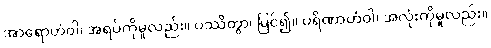
အာရောဟံဝါ၊ အရပ်ကိုမူလည်း။ ပဿိတွာ၊ မြင်၍။ ပရိဏာဟံဝါ၊ အလုံးကိုမူလည်း။